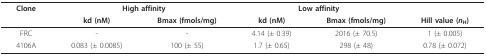
<table><thead><tr><td><b>Clone</b></td><td colspan="2"><b>High affinity</b></td><td colspan="2"><b>Low affinity</b></td><td></td></tr><tr><td></td><td><b>kd (nM)</b></td><td><b>Bmax (fmols/mg)</b></td><td><b>kd (nM)</b></td><td><b>Bmax (fmols/mg)</b></td><td><b>Hill value (<i>n</i><sub>H</sub>)</b></td></tr></thead><tbody><tr><td>FRC</td><td>-</td><td>-</td><td>4.14 (± 0.39)</td><td>2016 (± 70.5)</td><td>1 (± 0.005)</td></tr><tr><td>4106A</td><td>0.083 (± 0.0085)</td><td>100 (± 55)</td><td>1.7 (± 0.65)</td><td>298 (± 48)</td><td>0.78 (± 0.072)</td></tr></tbody></table>